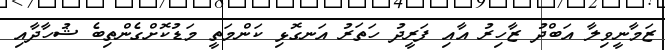
ޒަމާނީވިލާ އަބްދު ޒާހިރު އާއި ފަރީދު ހަތަރު އަނގޮޅި ކަންމަތީ މަޑުކޮށްގެންތިބެ ޝުހާދާއި